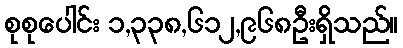
စုစုပေါင်း ၁,၃၃၈,၆၁၂,၉၆၈ဦးရှိသည်။